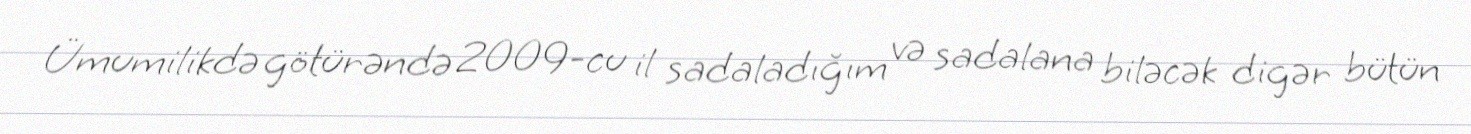
Ümumilikdə götürəndə 2009-cu il sadaladığım və sadalana biləcək digər bütün